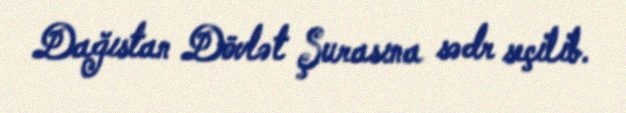
Dağıstan Dövlət Şurasına sədr seçilib.